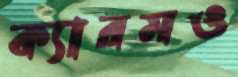
ক্যারমও